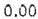
0.00